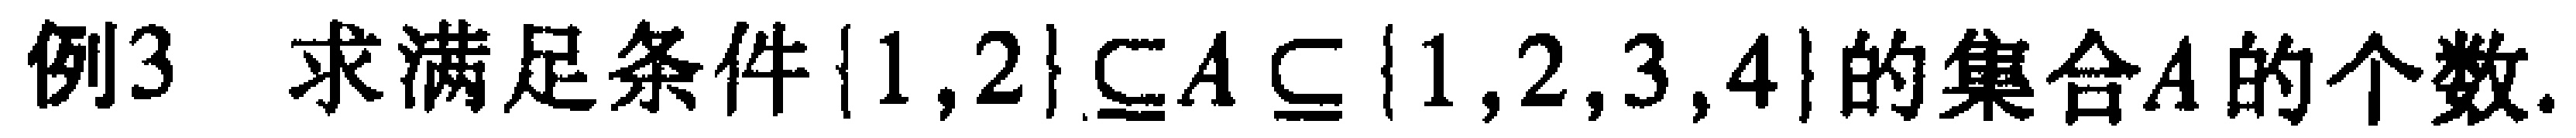
例3 求满足条件$\{1,2\} \subseteq A \subseteq \{1,2,3,4\}$的集合$A$的个数.